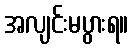
အလျင်းမပွားရ။